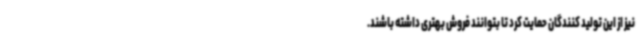
نیز از این تولید کنندگان حمایت کرد تا بتوانند فروش بهتری داشته باشند.